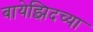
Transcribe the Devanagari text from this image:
बायेझिदच्या